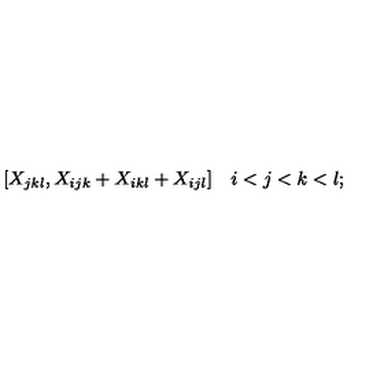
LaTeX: [ X _ { j k l } , X _ { i j k } + X _ { i k l } + X _ { i j l } ] \quad i < j < k < l ;